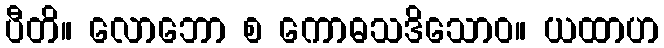
ပီတိ။ လောဘော စ ကောဓသဒိသောဝ။ ယထာဟ